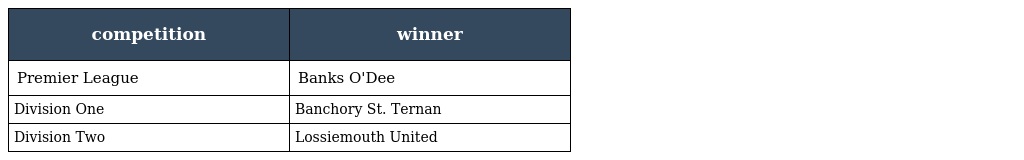
| competition | winner |
 | --- | --- |
 | Premier League | Banks O'Dee |
 | Division One | Banchory St. Ternan |
 | Division Two | Lossiemouth United |